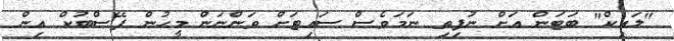
"ލައިކް" ބަޓަން އަށް ނުފިތި ނަމަވެސް ސައިޓަށް ވަންނަން މީހުން ފޭސްބުކް އިން